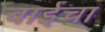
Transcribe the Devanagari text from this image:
बाईचा